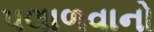
પલાળવાનો